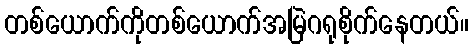
တစ်ယောက်ကိုတစ်ယောက်အမြဲဂရုစိုက်နေတယ်။